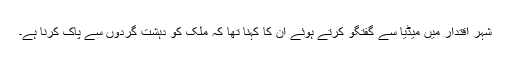
شہر اقتدار میں میڈیا سے گفتگو کرتے ہوئے ان کا کہنا تھا کہ ملک کو دہشت گردوں سے پاک کرنا ہے۔